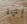
إنها